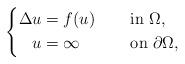
LaTeX: \begin{align*}\left\{\begin{aligned}\Delta u&=f(u)&&\quad\mbox{ in }\Omega,\\u&=\infty &&\quad\mbox{ on }\partial\Omega,\end{aligned}\right.\end{align*}